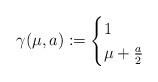
LaTeX: \begin{align*}\gamma(\mu,a):=\begin{cases}1&\\\mu + \frac a 2&\end{cases}\end{align*}